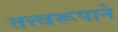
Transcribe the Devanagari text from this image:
तत्त्वरूपाने